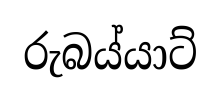
රුබය්යාට්